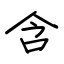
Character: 含